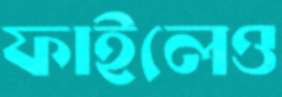
ফাইলেও